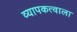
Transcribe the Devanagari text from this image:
व्यापकत्वाला